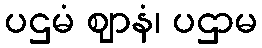
ပဌမံ ဈာနံ၊ ပဌာမ